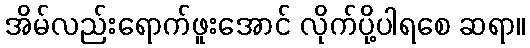
အိမ်လည်းရောက်ဖူးအောင် လိုက်ပို့ပါရစေ ဆရာ။